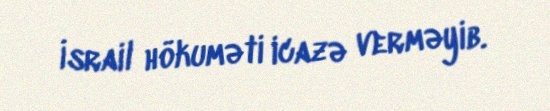
İsrail hökuməti icazə verməyib.